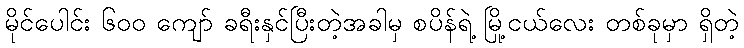
မိုင်ပေါင်း ၆၀၀ ကျော် ခရီးနှင်ပြီးတဲ့အခါမှ စပိန်ရဲ့ မြို့ငယ်လေး တစ်ခုမှာ ရှိတဲ့